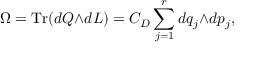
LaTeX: \Omega = \mathrm { T r } ( d Q { \wedge } d L ) = C _ { \cal D } \sum _ { j = 1 } ^ { r } d q _ { j } { \wedge } d p _ { j } ,